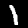
Label: 1